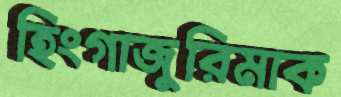
হিংগাজুরিমাক